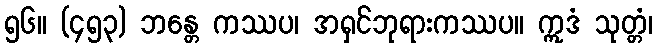
၅၆။ (၄၅၃) ဘန္တေ ကဿပ၊ အရှင်ဘုရားကဿပ။ ဣဒံ သုတ္တံ၊